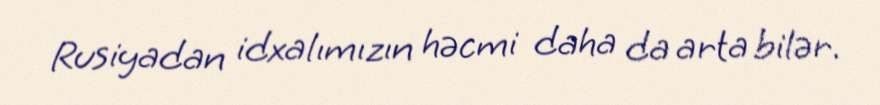
Rusiyadan idxalımızın həcmi daha da arta bilər.